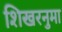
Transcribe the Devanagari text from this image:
शिखरनुमा